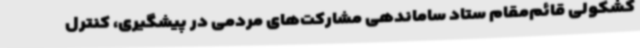
کشکولی قائم‌مقام ستاد ساماندهی مشارکت‌های مردمی در پیشگیری، کنترل